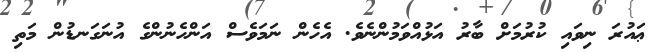
ޢައުރަ ނިވައި ކުރުމަށް ބާރު އަޅުއްވަމުންނެވެ. އެހެން ނަމަވެސް އަންހެނުންގެ އުނަގަނޑުން މަތި